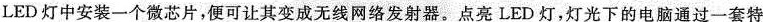
LED灯中安装一个微芯片，便可让其变成无线网络发射器。点亮LED灯，灯光下的电脑通过一套特